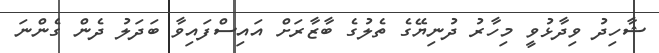
ޝާހިދު ވިދާޅުވީ މިހާރު ދުނިޔޭގެ ތެލުގެ ބާޒާރަށް އައިސްފައިވާ ބަދަލު ދެން ގެންނަ